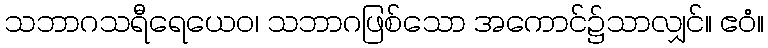
သဘာဂသရီရေယေဝ၊ သဘာဂဖြစ်သော အကောင်၌သာလျှင်။ ဧဝံ။